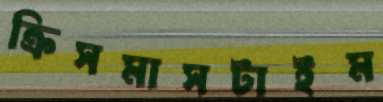
ক্রিসমাসটাইম